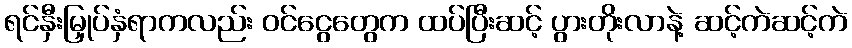
ရင်နှီးမြှုပ်နှံရာကလည်း ဝင်ငွေတွေက ထပ်ပြီးဆင့် ပွားတိုးလာနဲ့ ဆင့်ကဲဆင့်ကဲ